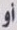
أو